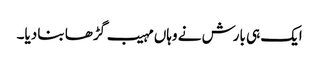
ایک ہی بارش نے وہاں مہیب گڑھا بنا دیا۔